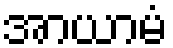
အာယာမံ